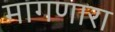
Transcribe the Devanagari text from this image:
मागणारा